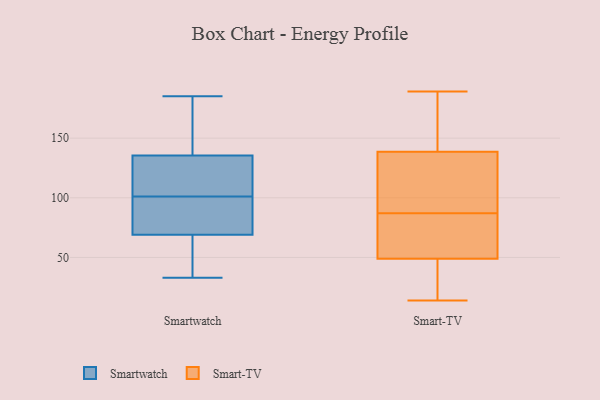
{"axis": {"x": "Demand Index", "y": "Value"}, "legend": ["Smart-TV", "Smartwatch"], "data": [{"x": "", "y": 91, "type": "Smartwatch"}, {"x": "", "y": 83, "type": "Smartwatch"}, {"x": "", "y": 185, "type": "Smartwatch"}, {"x": "", "y": 168, "type": "Smartwatch"}, {"x": "", "y": 164, "type": "Smartwatch"}, {"x": "", "y": 126, "type": "Smartwatch"}, {"x": "", "y": 33, "type": "Smartwatch"}, {"x": "", "y": 70, "type": "Smartwatch"}, {"x": "", "y": 66, "type": "Smartwatch"}, {"x": "", "y": 101, "type": "Smartwatch"}, {"x": "", "y": 44, "type": "Smartwatch"}, {"x": "", "y": 104, "type": "Smartwatch"}, {"x": "", "y": 117, "type": "Smartwatch"}, {"x": "", "y": 86, "type": "Smart-TV"}, {"x": "", "y": 153, "type": "Smart-TV"}, {"x": "", "y": 48, "type": "Smart-TV"}, {"x": "", "y": 134, "type": "Smart-TV"}, {"x": "", "y": 88, "type": "Smart-TV"}, {"x": "", "y": 41, "type": "Smart-TV"}, {"x": "", "y": 143, "type": "Smart-TV"}, {"x": "", "y": 14, "type": "Smart-TV"}, {"x": "", "y": 45, "type": "Smart-TV"}, {"x": "", "y": 147, "type": "Smart-TV"}, {"x": "", "y": 189, "type": "Smart-TV"}, {"x": "", "y": 112, "type": "Smart-TV"}, {"x": "", "y": 124, "type": "Smart-TV"}, {"x": "", "y": 56, "type": "Smart-TV"}, {"x": "", "y": 50, "type": "Smart-TV"}, {"x": "", "y": 81, "type": "Smart-TV"}]}